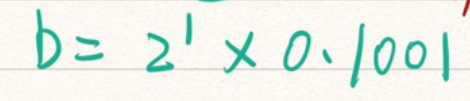
$b = 2 ^ { 1 } \times 0. 1 0 0 1$